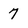
Character: 7